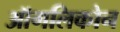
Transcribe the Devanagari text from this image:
ऑगलिकोन